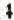
4